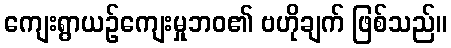
ကျေးရွာယဉ်ကျေးမှုဘဝ၏ ဗဟိုချက် ဖြစ်သည်။